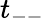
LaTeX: t_{--}